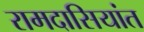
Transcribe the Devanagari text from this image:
रामदासियांत